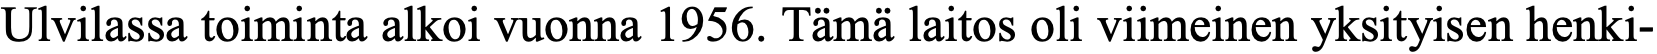
Ulvilassa toiminta alkoi vuonna 1956. Tämä laitos oli viimeinen yksityisen henki-